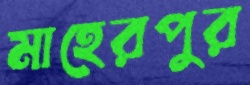
মাহেরপুর